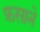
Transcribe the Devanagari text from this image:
फ़साने